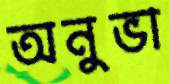
অনুভা